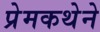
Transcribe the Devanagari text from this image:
प्रेमकथेने